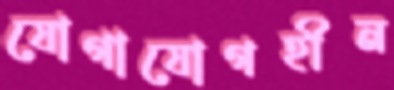
যোগাযোগহীন